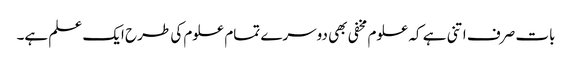
بات صرف اتنی ہے کہ علوم مخفی بھی دوسرے تمام علوم کی طرح ایک علم ہے۔